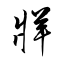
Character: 牂